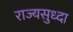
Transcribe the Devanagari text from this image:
राज्यसुध्दा